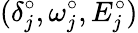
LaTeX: (\delta_{j}^{\circ},\omega_{j}^{\circ},E_{j}^{\circ})